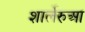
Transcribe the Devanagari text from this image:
शार्लेरुआ